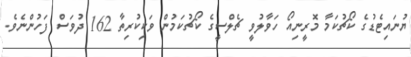
ޔުނައިޓެޑުގެ ކޯޗުކަމާ މޮރީނިއޯ ހަވާލުވީ ޗެލްސީގެ ކޯޗުކަމުން ވަކިކުރިތާ 162 ދުވަސް ފަހުންނެވެ.